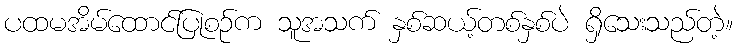
ပထမအိမ်ထောင်ပြုစဉ်က သူအသက် နှစ်ဆယ့်တစ်နှစ်ပဲ ရှိသေးသည်တဲ့။